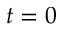
t = 0